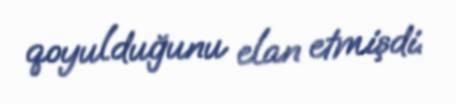
qoyulduğunu elan etmişdi.